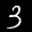
Label: 3